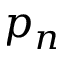
p _ { n }